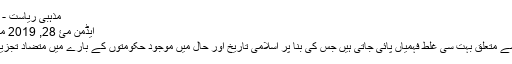
﻿ مذہبی ریاست - ڈاکٹر زاہد مغل » مشاہدات
ایڈمن مئ 28, 2019 مئ 28, 2019 1 تبصرے
مذھبی ریاست کی حقیقت سے متعلق بہت سی غلط فہمیاں پائی جاتی ہیں جس کی بنا پر اسلامی تاریخ اور حال میں موجود حکومتوں کے بارے میں متضاد تجزیہ کاری وجود میں آتی ہے۔